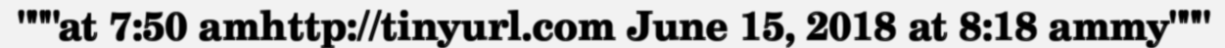
"""at 7:50 amhttp://tinyurl.com June 15, 2018 at 8:18 ammy"""